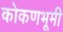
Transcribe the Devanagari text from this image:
कोकणभूमी